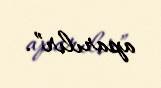
aparılır”.